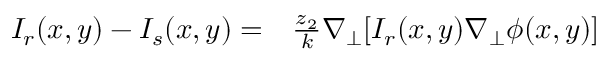
\begin{array} { r l r l } { I _ { r } ( x , y ) - I _ { s } ( x , y ) = } & { { } \frac { z _ { 2 } } { k } \nabla _ { \perp } [ I _ { r } ( x , y ) \nabla _ { \perp } \phi ( x , y ) ] } & { } & { { } } \end{array}